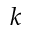
k